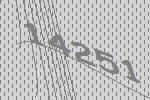
14251